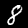
Digit: 8